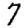
Digit: 7